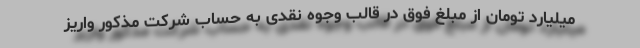
میلیارد تومان از مبلغ فوق در قالب وجوه نقدی به حساب شرکت مذکور واریز